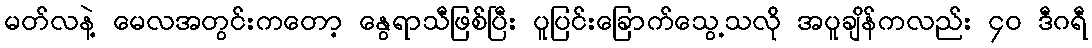
မတ်လနဲ့ မေလအတွင်းကတော့ နွေရာသီဖြစ်ပြီး ပူပြင်းခြောက်သွေ့သလို အပူချိန်ကလည်း ၄၀ ဒီဂရီ